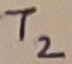
Text: T2